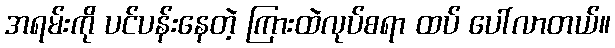
အရမ်းကို ပင်ပန်းနေတဲ့ ကြားထဲလုပ်စရာ ထပ် ပေါ်လာတယ်။